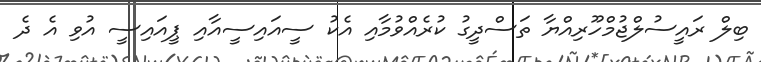
ބިލް ރައީސުލްޖުމްހޫރިއްޔާ ތަސްދީގު ކުރެއްވުމާއި އެކު ސީއައިސީއާއި ޕީއައިސީ އުވި އެ ދެ